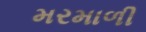
મરમાળી